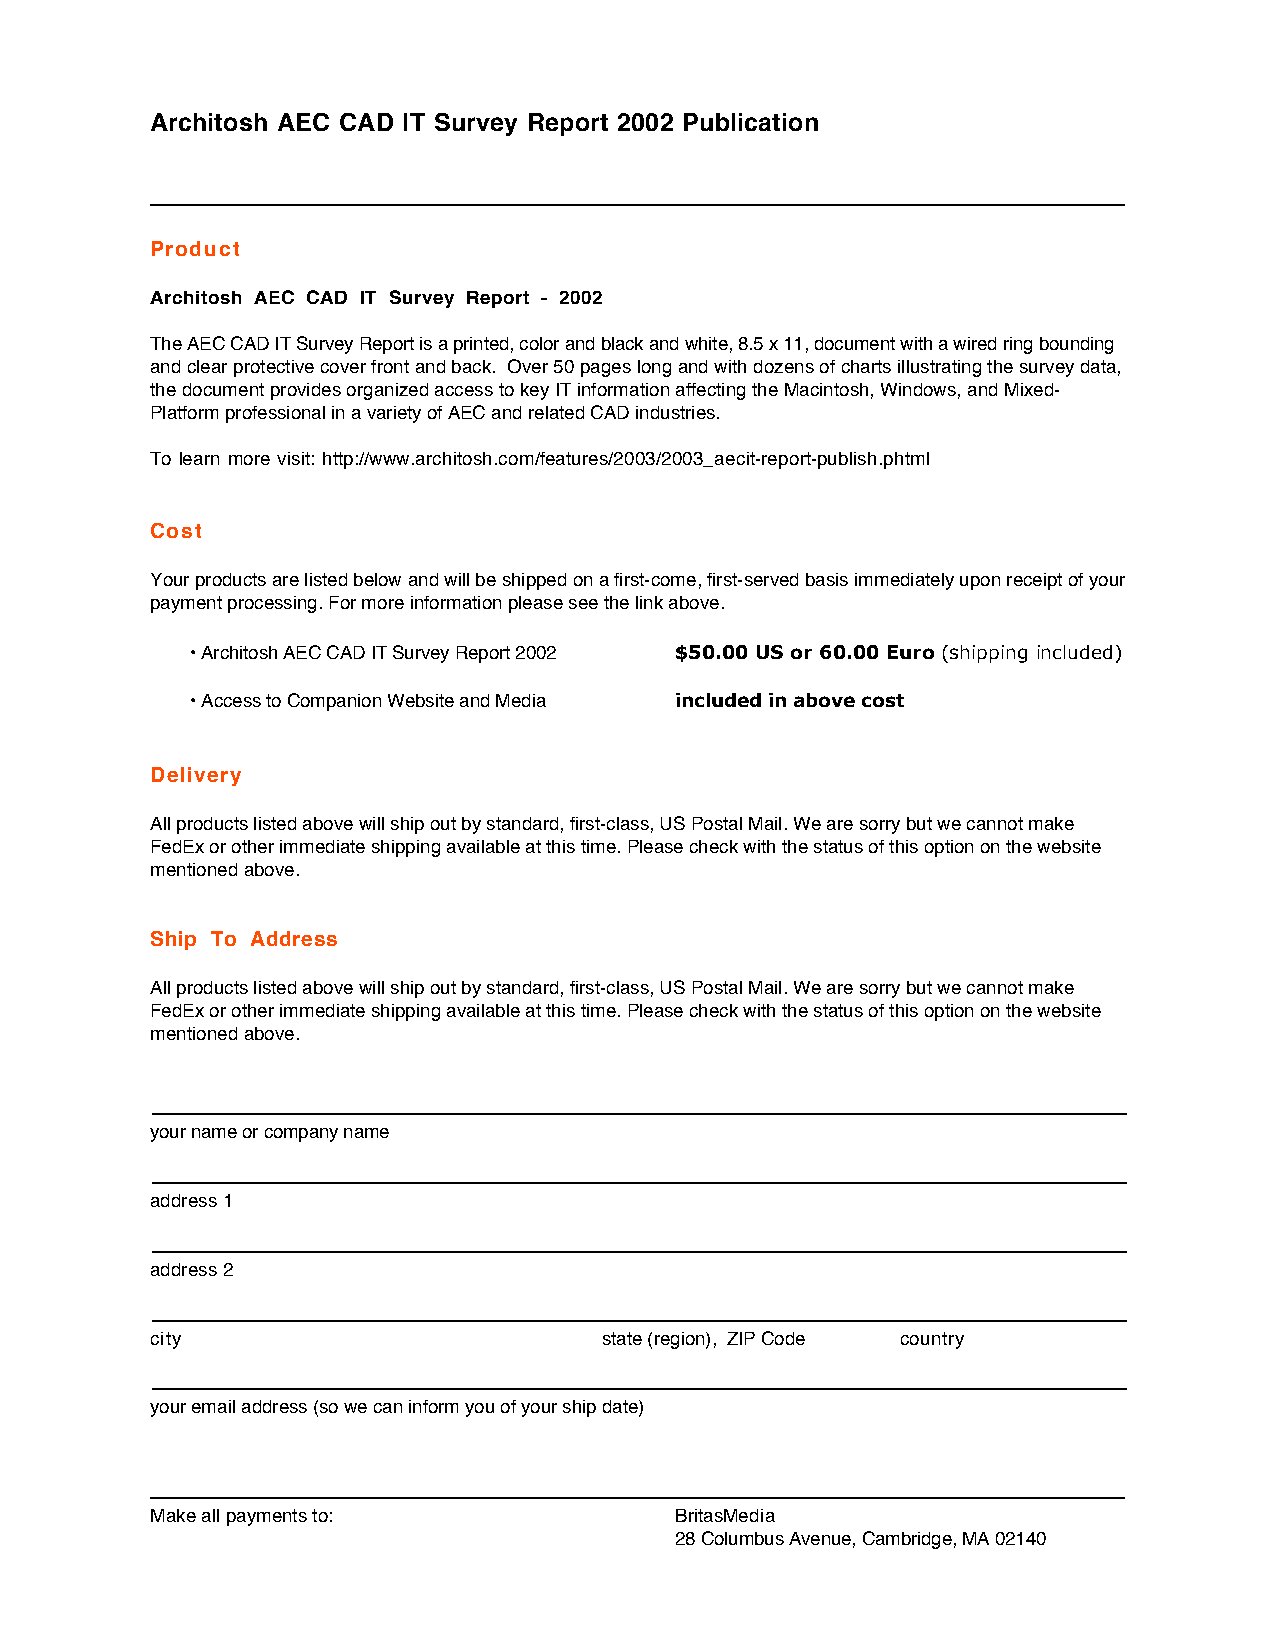
Architosh AEC CAD IT Survey Report 2002 Publication
 Product
 Architosh AEC CAD IT Survey Report - 2002
 The AEC CAD IT Survey Report is a printed, color and black and white, 8.5 x 11, document with a wired ring bounding
 and clear protective cover front and back. Over 50 pages long and with dozens of charts illustrating the survey data,
 the document provides organized access to key IT information affecting the Macintosh, Windows, and Mixed-
 Platform professional in a variety of AEC and related CAD industries.
 To learn more visit: http://www.architosh.com/features/2003/2003_aecit-report-publish.phtml
 Cost
 Your products are listed below and will be shipped on a first-come, first-served basis immediately upon receipt of your
 payment processing. For more information please see the link above.
 • Architosh AEC CAD IT Survey Report 2002 $50.00 US or 60.00 Euro (shipping included)
 • Access to Companion Website and Media included in above cost
 Delivery
 All products listed above will ship out by standard, first-class, US Postal Mail. We are sorry but we cannot make
 FedEx or other immediate shipping available at this time. Please check with the status of this option on the website
 mentioned above.
 Ship To Address
 All products listed above will ship out by standard, first-class, US Postal Mail. We are sorry but we cannot make
 FedEx or other immediate shipping available at this time. Please check with the status of this option on the website
 mentioned above.
 your name or company name
 address 1
 address 2
 city                          state (region), ZIP Code country
 your email address (so we can inform you of your ship date)
 Make all payments to:              BritasMedia
 28 Columbus Avenue, Cambridge, MA 02140